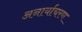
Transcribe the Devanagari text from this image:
अनार्याचरण